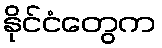
နိုင်ငံတွေက